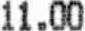
11.00